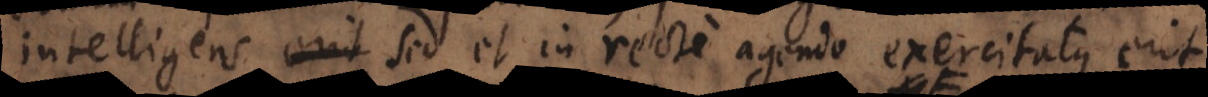
intelligens, sed et in recte agendo exercitatus erit,